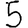
Digit: 5